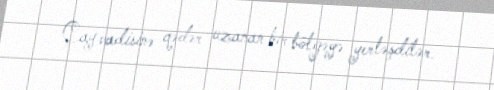
Çay vadisinə qədər uzanan bir bölgəyə yerləşdilər.